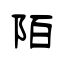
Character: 陌